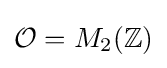
{\mathcal {O}}=M_{2}(\mathbb {Z} )